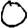
Digit: 0